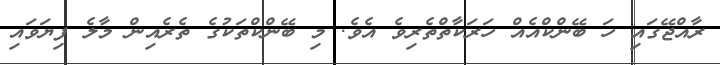
ރާއްޖޭގައި ހަ ބޭންކްއެއް ހަރަކާތްތެރިވެ އެވެ. މި ބޭންކްތަކުގެ ތެރެއިން މާލެ ފިޔަވައި